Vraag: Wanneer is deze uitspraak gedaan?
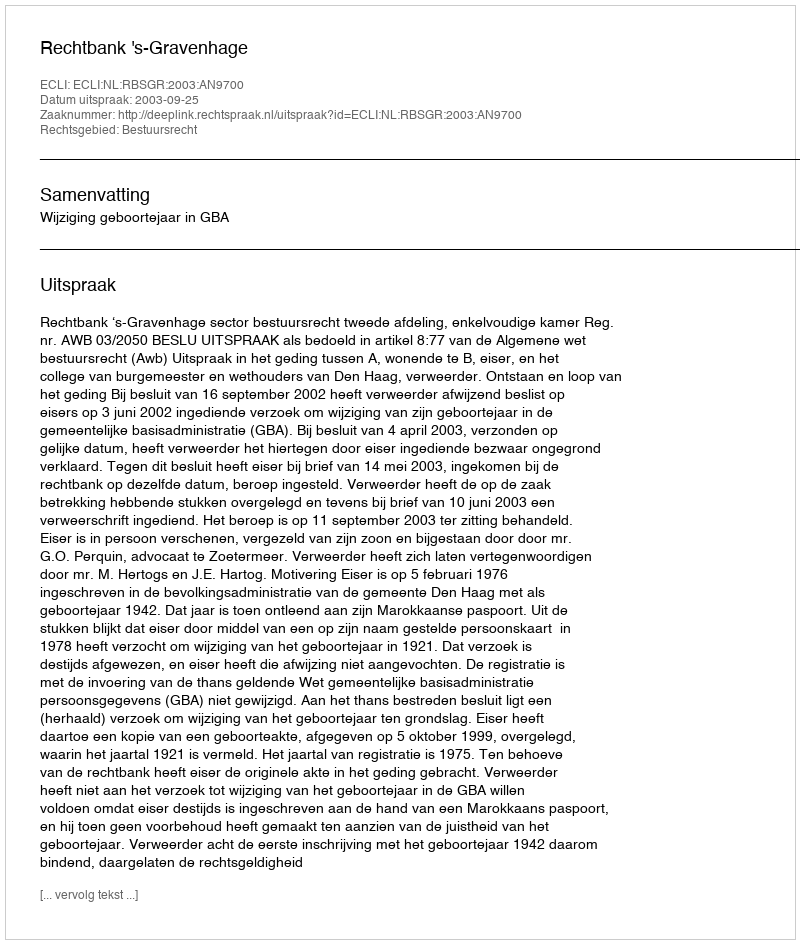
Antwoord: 2003-09-25